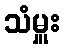
သံမှူး